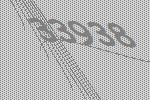
33938